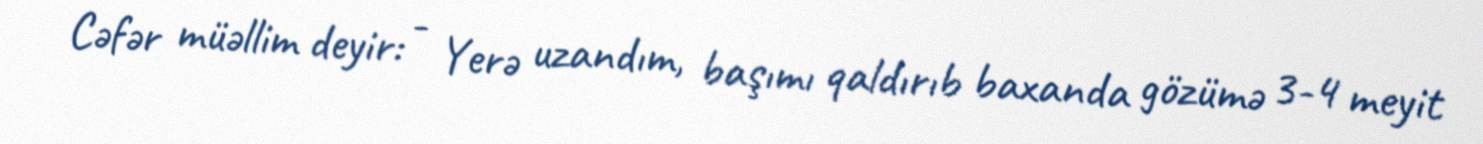
Cəfər müəllim deyir: - Yerə uzandım, başımı qaldırıb baxanda gözümə 3-4 meyit